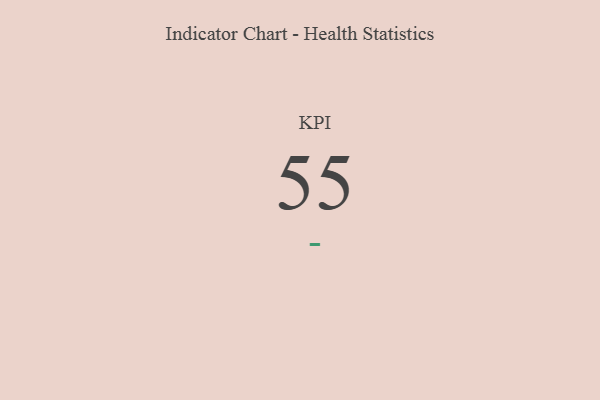
{"axis": {"x": "KPI", "y": "Value"}, "legend": [""], "data": [{"x": "KPI", "y": 55, "type": ""}]}